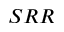
S R R